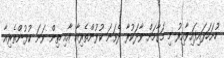
ހުށަހަޅައިފައިވާއިރު މި މަގާމަށް ވާދަކުރާ ދެވަނަ ކުޅުންތެރިއާ އާއި ތިން ވަނަ ކުޅުންތެރިއާ